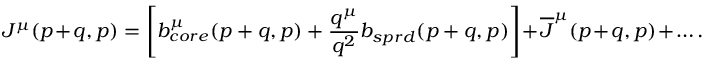
J ^ { \mu } ( p + q , p ) = \left[ b _ { c o r e } ^ { \mu } ( p + q , p ) + { \frac { q ^ { \mu } } { q ^ { 2 } } } b _ { s p r d } ( p + q , p ) \right] + \overline { { J } } ^ { \mu } ( p + q , p ) + \ldots .